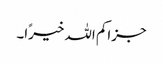
جزاکم اللہ خیرًا۔